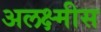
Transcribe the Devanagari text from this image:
अलक्ष्मीस